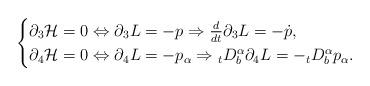
LaTeX: \begin{align*}\begin{cases}\partial_3{\cal H}=0\Leftrightarrow \partial_3 L=-p\Rightarrow\frac{d}{dt}\partial_3 L=-\dot{p},\\\partial_4{\cal H}=0\Leftrightarrow \partial_4 L=-p_{\alpha}\Rightarrow {_tD_b^\alpha}\partial_4 L=-{_tD_b^\alpha} p_{\alpha}.\end{cases}\end{align*}